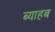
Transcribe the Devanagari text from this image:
ब्याहब